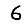
Digit: 6